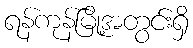
ရန်ကုန်မြို့အတွင်းရှိ